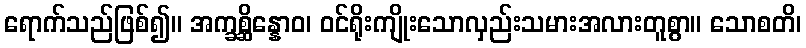
ရောက်သည်ဖြစ်၍။ အက္ခစ္ဆိန္နောဝ၊ ဝင်ရိုးကျိုးသောလှည်းသမားအလားတူစွာ။ သောစတိ၊